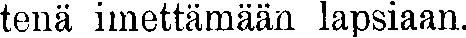
tenä imettämään lapsiaan.